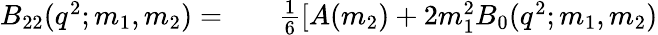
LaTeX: \begin{array}{rlr}{B_{22}(q^{2};m_{1},m_{2})=}&{{}}&{\frac{1}{6}[A(m_{2})+2m_{1}^{2}B_{0}(q^{2};m_{1},m_{2})}\end{array}